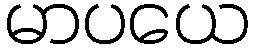
မာပယေ